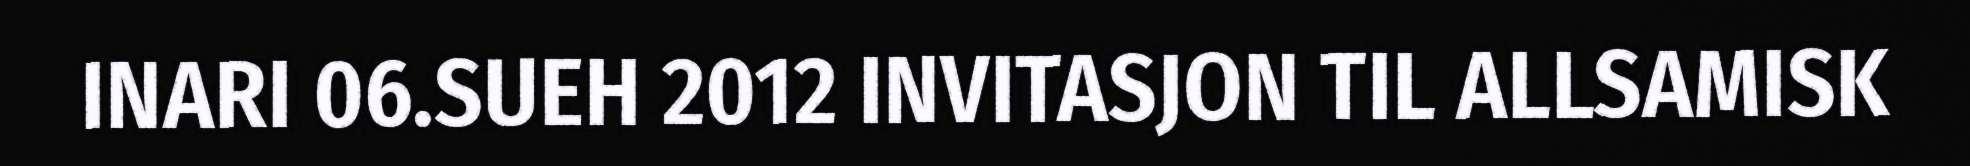
INARI 06.SUEH 2012 INVITASJON TIL ALLSAMISK